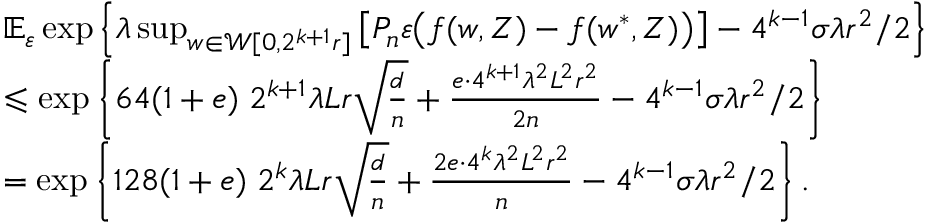
\begin{array} { r l } & { \mathbb E _ { \varepsilon } \exp \left\{ \lambda \operatorname* { s u p } _ { w \in \mathcal W [ 0 , 2 ^ { k + 1 } r ] } \left[ P _ { n } \varepsilon \big ( f ( w , Z ) - f ( w ^ { * } , Z ) \big ) \right] - 4 ^ { k - 1 } \sigma \lambda r ^ { 2 } / 2 \right\} } \\ & { \leqslant \exp \left\{ 6 4 ( 1 + e ) \; 2 ^ { k + 1 } \lambda L r \sqrt { \frac { d } n } + \frac { e \cdot 4 ^ { k + 1 } \lambda ^ { 2 } L ^ { 2 } r ^ { 2 } } { 2 n } - 4 ^ { k - 1 } \sigma \lambda r ^ { 2 } / 2 \right\} } \\ & { = \exp \left\{ 1 2 8 ( 1 + e ) \; 2 ^ { k } \lambda L r \sqrt { \frac { d } n } + \frac { 2 e \cdot 4 ^ { k } \lambda ^ { 2 } L ^ { 2 } r ^ { 2 } } { n } - 4 ^ { k - 1 } \sigma \lambda r ^ { 2 } / 2 \right\} . } \end{array}